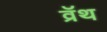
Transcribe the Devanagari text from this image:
व्रॅथ